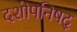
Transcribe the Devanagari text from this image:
दशोपनिषद्